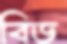
বিড